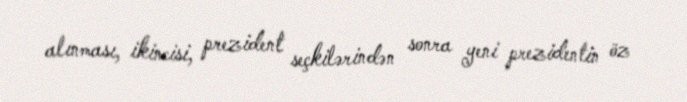
alınması, ikincisi, prezident seçkilərindən sonra yeni prezidentin öz